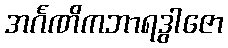
အင်္ဂဏိကဘာရဒွါဇော